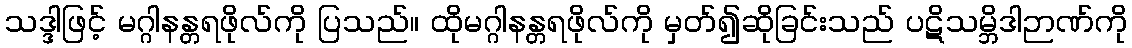
သဒ္ဒါဖြင့် မဂ္ဂါနန္တရဖိုလ်ကို ပြသည်။ ထိုမဂ္ဂါနန္တရဖိုလ်ကို မှတ်၍ဆိုခြင်းသည် ပဋိသမ္ဘိဒါဉာဏ်ကို